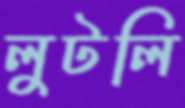
লুটলি